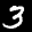
Label: 3